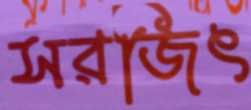
সরজিৎ